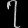
Digit: ၇